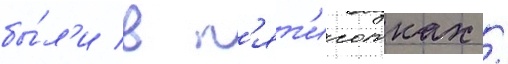
бы́л'и в п'ят'исотках /